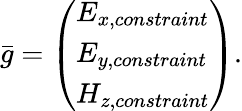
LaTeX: {\bar{g}}=\left({\begin{array}{l}{E_{x,constraint}}\\ {E_{y,constraint}}\\ {H_{z,constraint}}\end{array}}\right).